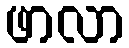
ဖာလာ